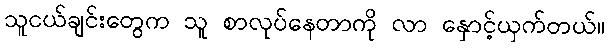
သူငယ်ချင်းတွေက သူ စာလုပ်နေတာကို လာ နှောင့်ယှက်တယ်။